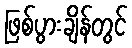
ဖြစ်ပွားချိန်တွင်